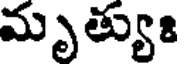
మృత్యుః